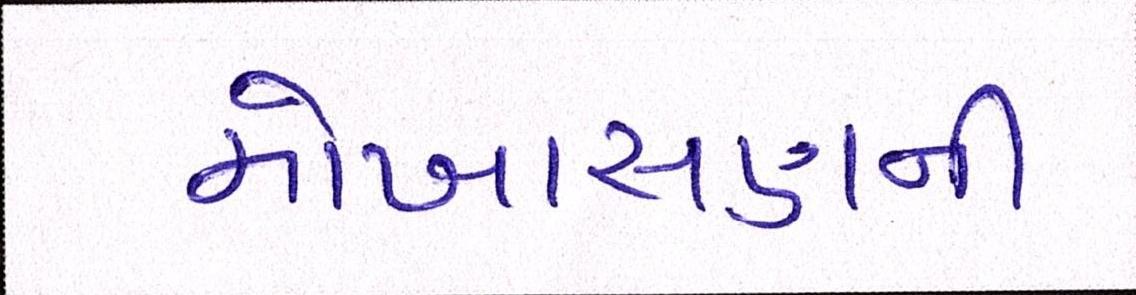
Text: મોખાસણની